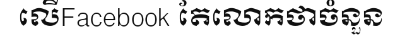
លើFacebook តែលោកថាចំនួន